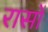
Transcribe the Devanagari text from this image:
रासों